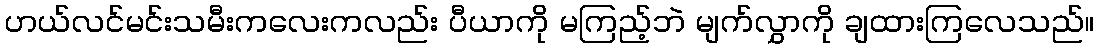
ဟယ်လင်မင်းသမီးကလေးကလည်း ပီယာကို မကြည့်ဘဲ မျက်လွှာကို ချထားကြလေသည်။